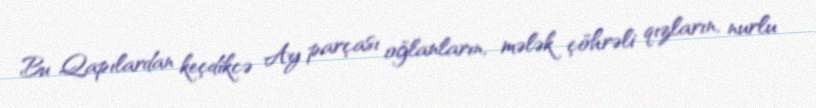
Bu Qapılardan keçdikcə Ay parçası oğlanların, mələk çöhrəli qızların, nurlu